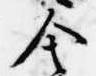
舎